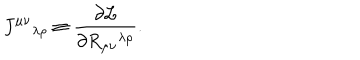
LaTeX: J ^ { \mu \nu } { } _ { \lambda \rho } \equiv { \frac { \partial { \cal L } } { \partial R _ { \mu \nu } { } ^ { \lambda \rho } } } .